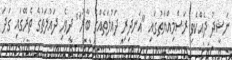
ނަޝީދު ދެއްކެވި ރަސްމިއްޔާތުގައި "އަނދިރި ދައުލަތެއްގެ ބާރު" ދިވެހި ދައުލަތުގެ ތެރޭގައި ގަދަ